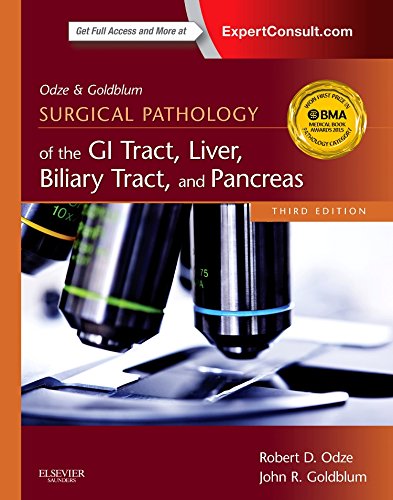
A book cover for Odze and Goldblum Surgical Pathology of the GI Tract, Liver, Biliary Tract and Pancreas, 3e (Odze, Surgical Pathology  of the GI Tract, Liver, Biliary Tract, and Pancreas); Robert D. Odze MD  FRCP(C); Medical Books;